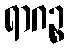
ရာဂဉ္စ